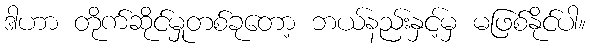
ဒါဟာ တိုက်ဆိုင်မှုတစ်ခုတော့ ဘယ်နည်းနှင့်မှ မဖြစ်နိုင်ပါ။